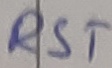
Text: RST